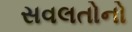
સવલતોનો